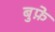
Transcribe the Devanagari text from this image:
बुफ़े